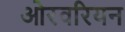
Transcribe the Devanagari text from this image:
ओरवरियन